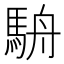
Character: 𩢸